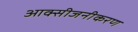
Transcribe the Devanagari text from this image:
आक्सीजनीकरण